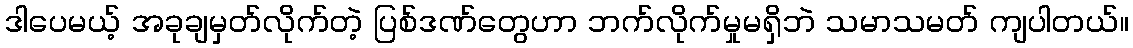
ဒါပေမယ့် အခုချမှတ်လိုက်တဲ့ ပြစ်ဒဏ်တွေဟာ ဘက်လိုက်မှုမရှိဘဲ သမာသမတ် ကျပါတယ်။